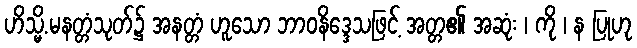
ဟိသ္မိ.မနတ္တံသုတ်၌ အနတ္တံ ဟူသော ဘာဝနိဒ္ဒေသဖြင့် အတ္တ၏ အဆုံး ၊ ကို ၊ န ပြုဟု